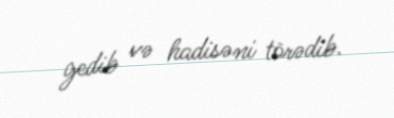
gedib və hadisəni törədib.